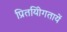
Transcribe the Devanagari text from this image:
प्रितयोिगतायें